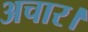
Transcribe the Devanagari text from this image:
अचार।